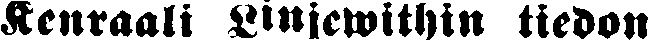
Kenraali Linjewithin tiedon